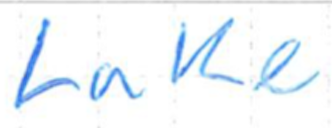
Text: Lake
Cross-out: clean
Writing tool: ballpoint